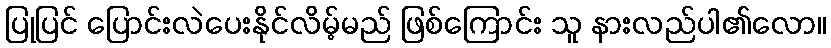
ပြုပြင် ပြောင်းလဲပေးနိုင်လိမ့်မည် ဖြစ်ကြောင်း သူ နားလည်ပါ၏လော။